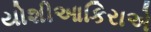
યોશીઆકિરાએ